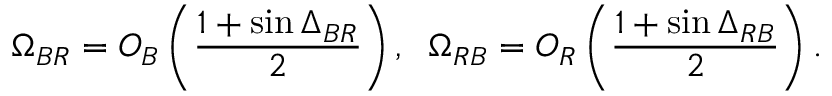
\Omega _ { B R } = O _ { B } \left( \frac { 1 + \sin \Delta _ { B R } } { 2 } \right) , \; \; \Omega _ { R B } = O _ { R } \left( \frac { 1 + \sin \Delta _ { R B } } { 2 } \right) .